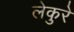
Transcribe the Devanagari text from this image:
लेकुरे